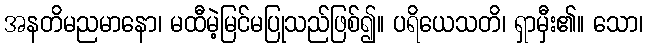
အနတိမညမာနော၊ မထီမဲ့မြင်မပြုသည်ဖြစ်၍။ ပရိယေသတိ၊ ရှာမှီး၏။ သော၊